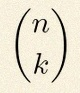
\binom{n}{k}